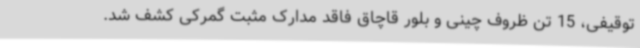
توقیفی، 15 تن ظروف چینی و بلور قاچاق فاقد مدارک مثبت گمرکی کشف شد.